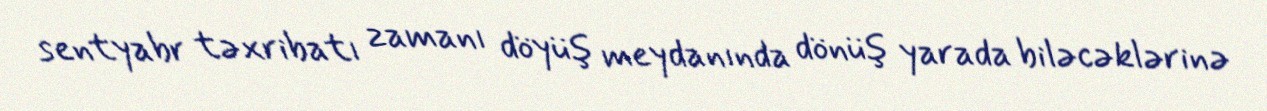
sentyabr təxribatı zamanı döyüş meydanında dönüş yarada biləcəklərinə